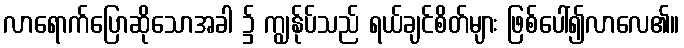
လာရောက်ပြောဆိုသောအခါ ၌ ကျွန်ုပ်သည် ရယ်ချင်စိတ်များ ဖြစ်ပေါ်၍လာလေ၏။